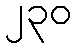
၂၃၀